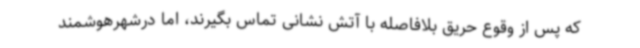
که پس از وقوع حریق بلافاصله با آتش نشانی تماس بگیرند، اما درشهرهوشمند